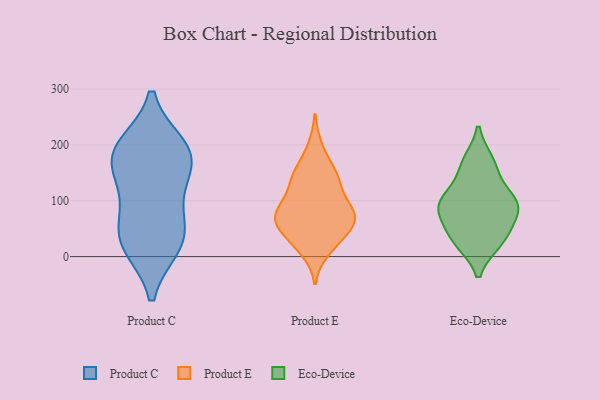
{"axis": {"x": "Headcount", "y": "Value"}, "legend": ["Eco-Device", "Product C", "Product E"], "data": [{"x": "", "y": 154, "type": "Product C"}, {"x": "", "y": 64, "type": "Product C"}, {"x": "", "y": 31, "type": "Product C"}, {"x": "", "y": 194, "type": "Product C"}, {"x": "", "y": 25, "type": "Product C"}, {"x": "", "y": 182, "type": "Product C"}, {"x": "", "y": 197, "type": "Product C"}, {"x": "", "y": 106, "type": "Product C"}, {"x": "", "y": 170, "type": "Product C"}, {"x": "", "y": 20, "type": "Product C"}, {"x": "", "y": 71, "type": "Product E"}, {"x": "", "y": 78, "type": "Product E"}, {"x": "", "y": 71, "type": "Product E"}, {"x": "", "y": 102, "type": "Product E"}, {"x": "", "y": 149, "type": "Product E"}, {"x": "", "y": 72, "type": "Product E"}, {"x": "", "y": 149, "type": "Product E"}, {"x": "", "y": 64, "type": "Product E"}, {"x": "", "y": 10, "type": "Product E"}, {"x": "", "y": 152, "type": "Product E"}, {"x": "", "y": 26, "type": "Product E"}, {"x": "", "y": 78, "type": "Product E"}, {"x": "", "y": 62, "type": "Product E"}, {"x": "", "y": 129, "type": "Product E"}, {"x": "", "y": 45, "type": "Product E"}, {"x": "", "y": 196, "type": "Product E"}, {"x": "", "y": 28, "type": "Product E"}, {"x": "", "y": 117, "type": "Product E"}, {"x": "", "y": 106, "type": "Eco-Device"}, {"x": "", "y": 28, "type": "Eco-Device"}, {"x": "", "y": 83, "type": "Eco-Device"}, {"x": "", "y": 42, "type": "Eco-Device"}, {"x": "", "y": 100, "type": "Eco-Device"}, {"x": "", "y": 92, "type": "Eco-Device"}, {"x": "", "y": 169, "type": "Eco-Device"}, {"x": "", "y": 160, "type": "Eco-Device"}, {"x": "", "y": 27, "type": "Eco-Device"}, {"x": "", "y": 83, "type": "Eco-Device"}]}